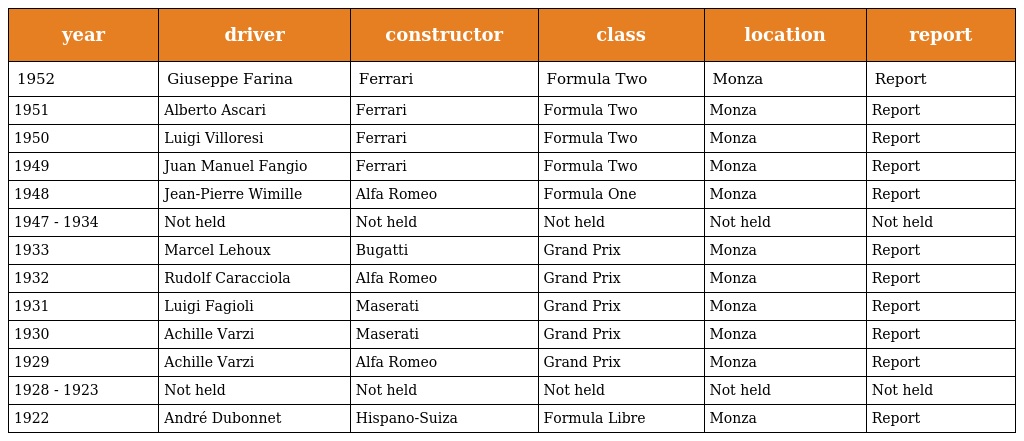
| year | driver | constructor | class | location | report |
 | --- | --- | --- | --- | --- | --- |
 | 1952 | Giuseppe Farina | Ferrari | Formula Two | Monza | Report |
 | 1951 | Alberto Ascari | Ferrari | Formula Two | Monza | Report |
 | 1950 | Luigi Villoresi | Ferrari | Formula Two | Monza | Report |
 | 1949 | Juan Manuel Fangio | Ferrari | Formula Two | Monza | Report |
 | 1948 | Jean-Pierre Wimille | Alfa Romeo | Formula One | Monza | Report |
 | 1947 - 1934 | Not held | Not held | Not held | Not held | Not held |
 | 1933 | Marcel Lehoux | Bugatti | Grand Prix | Monza | Report |
 | 1932 | Rudolf Caracciola | Alfa Romeo | Grand Prix | Monza | Report |
 | 1931 | Luigi Fagioli | Maserati | Grand Prix | Monza | Report |
 | 1930 | Achille Varzi | Maserati | Grand Prix | Monza | Report |
 | 1929 | Achille Varzi | Alfa Romeo | Grand Prix | Monza | Report |
 | 1928 - 1923 | Not held | Not held | Not held | Not held | Not held |
 | 1922 | André Dubonnet | Hispano-Suiza | Formula Libre | Monza | Report |